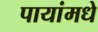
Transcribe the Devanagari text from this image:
पायांमधे